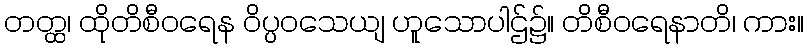
တတ္ထ၊ ထိုတိစီဝရေန ဝိပ္ပဝသေယျ ဟူသောပါဌ်၌။ တိစီဝရေနာတိ၊ ကား။